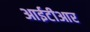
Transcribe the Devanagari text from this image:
आईटीआर